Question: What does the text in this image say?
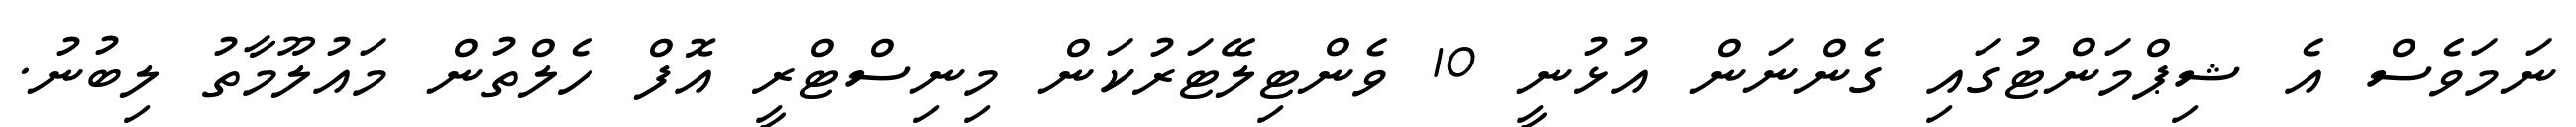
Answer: ނަމަވެސް އެ ޝިޕްމަންޓުގައި ގެންނަން އުޅުނީ 10 ވެންޓިލޭޓަރުކަން މިނިސްޓްރީ އޮފް ހެލްތުން މައުލޫމާތު ލިބުނު.